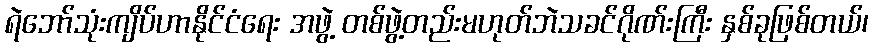
ရဲဘော်သုံးကျိပ်ဟာနိုင်ငံရေး အဖွဲ့ တစ်ဖွဲ့တည်းမဟုတ်ဘဲသခင်ဂိုဏ်းကြီး နှစ်ခုဖြစ်တယ်၊